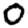
Digit: 0